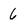
Character: 6